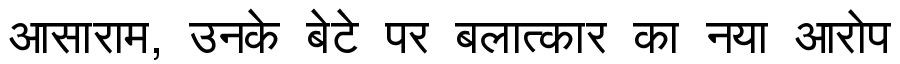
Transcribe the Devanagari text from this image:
आसाराम, उनके बेटे पर बलात्कार का नया आरोप